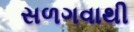
સળગવાથી